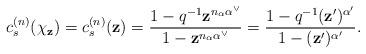
LaTeX: \begin{align*} c_{s}^{(n)}(\chi_\mathbf{z}) = c_{s}^{(n)}(\mathbf{z}) = \frac{1-q^{-1}\mathbf{z}^{n_\alpha \alpha^\vee}}{1-\mathbf{z}^{n_\alpha \alpha^\vee}}= \frac{1-q^{-1}(\mathbf{z}')^{\alpha'}}{1-(\mathbf{z}')^{\alpha'}}. \end{align*}